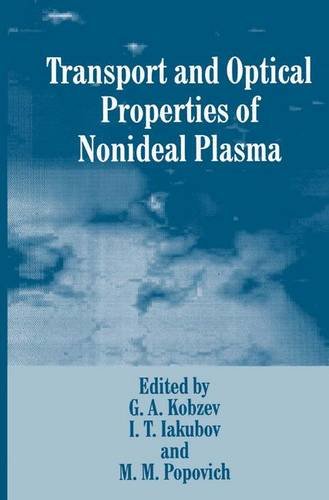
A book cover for Transport and Optical Properties of Nonideal Plasma (Critical Issues in Neuropsychology); Science & Math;